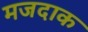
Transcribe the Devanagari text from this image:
मजदाक